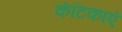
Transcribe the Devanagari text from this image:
कंटिकाएं